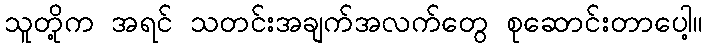
သူတို့က အရင် သတင်းအချက်အလက်တွေ စုဆောင်းတာပေါ့။